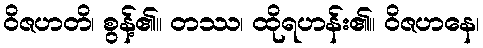
ဝိဇဟတိ၊ စွန့်၏။ တဿ၊ ထိုရဟန်း၏။ ဝိဇဟနေ၊